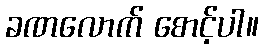
ခဏလောက် စောင့်ပါ။